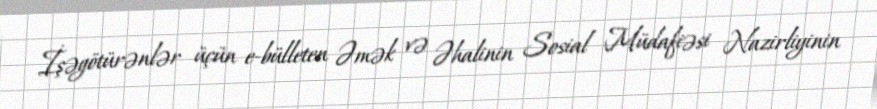
İşəgötürənlər üçün e-bülleten Əmək və Əhalinin Sosial Müdafiəsi Nazirliyinin